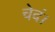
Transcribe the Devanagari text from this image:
चेदं।